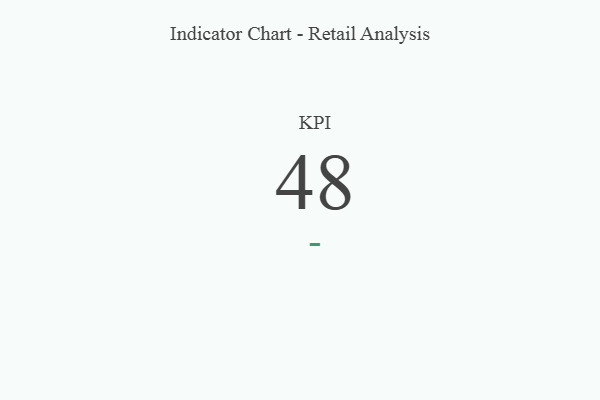
{"axis": {"x": "KPI", "y": "Value"}, "legend": [""], "data": [{"x": "KPI", "y": 48, "type": ""}]}